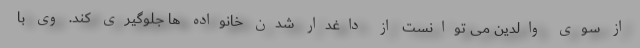
از سوی والدین می توانست از داغدار شدن خانواده ها جلوگیری کند. وی با